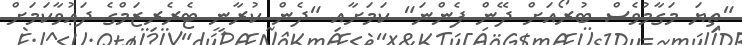
"ތިޔަ މަގާމުވެސް ބުރޯއަށް ދޭން ފެންނަ" ކަމަށާއި "ދެން ކުރާނީ ޓެރެރިޒަމްގެ ދަޢުވާކަމަށް